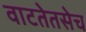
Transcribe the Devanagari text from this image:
वाटतेतसेच